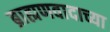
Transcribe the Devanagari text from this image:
ब्राह्मणवादाच्या